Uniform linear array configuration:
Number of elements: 12
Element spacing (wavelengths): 1
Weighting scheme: cosine
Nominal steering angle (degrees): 45
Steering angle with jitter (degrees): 43.659
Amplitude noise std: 0.05
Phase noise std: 0.05

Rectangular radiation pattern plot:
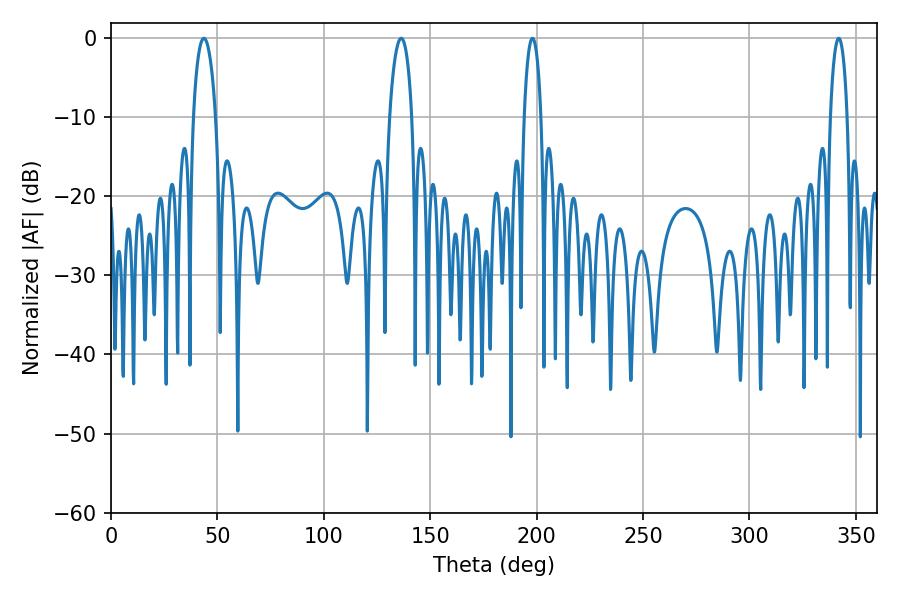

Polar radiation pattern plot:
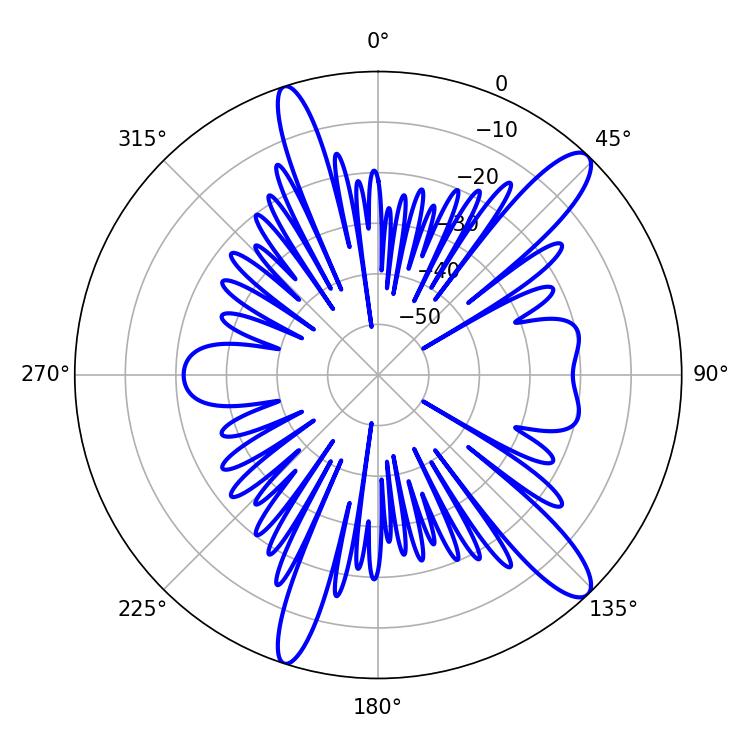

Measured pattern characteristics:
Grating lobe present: TRUE
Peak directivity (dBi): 12.738
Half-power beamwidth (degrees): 4.5
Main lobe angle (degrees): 342